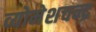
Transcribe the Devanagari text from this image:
व्योमेशचन्द्र